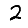
Digit: 2